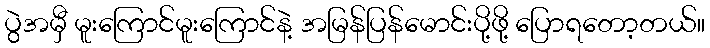
ပွဲအမှီ မူးကြောင်မူးကြောင်နဲ့ အမြန်ပြန်မောင်းပို့ဖို့ ပြောရတော့တယ်။